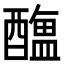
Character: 𨣎